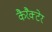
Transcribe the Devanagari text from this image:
कैरैक्टेर